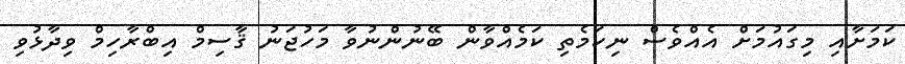
ކަމަށާއި މިގައުމަށް އެއްވެސް ނިކަމެތި ކަމެއްވާން ބޭނުންނުވާ މަހުޖަނު ޤާސިމް އިބްރާހިމް ވިދާޅުވި